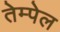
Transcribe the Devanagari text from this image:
तेम्पेल